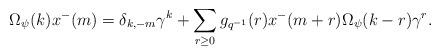
LaTeX: \begin{align*} \Omega_\psi(k)x^-(m)=\delta_{k,-m}\gamma^{k}+\sum_{r\geq 0}g_{q^{-1}}(r)x^-(m+r)\Omega_\psi(k-r)\gamma^{r}.\end{align*}